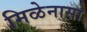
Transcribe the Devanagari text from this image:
मिळेनासा